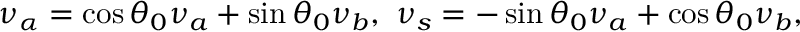
\nu _ { \alpha } = \cos \theta _ { 0 } \nu _ { a } + \sin \theta _ { 0 } \nu _ { b } , \ \nu _ { s } = - \sin \theta _ { 0 } \nu _ { a } + \cos \theta _ { 0 } \nu _ { b } ,